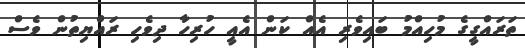
ތަރައްގީގެ މުހިއްމު ބައިވެރި އެއް ކަން އެއީ ހުރިހާ ދިވެހި ރައްޔިތުން ވެސް